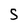
Character: 5